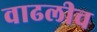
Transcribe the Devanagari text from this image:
वाढलीच